Vaccination in Bombay 1863-1868 - 1863-1868
Year: 1863
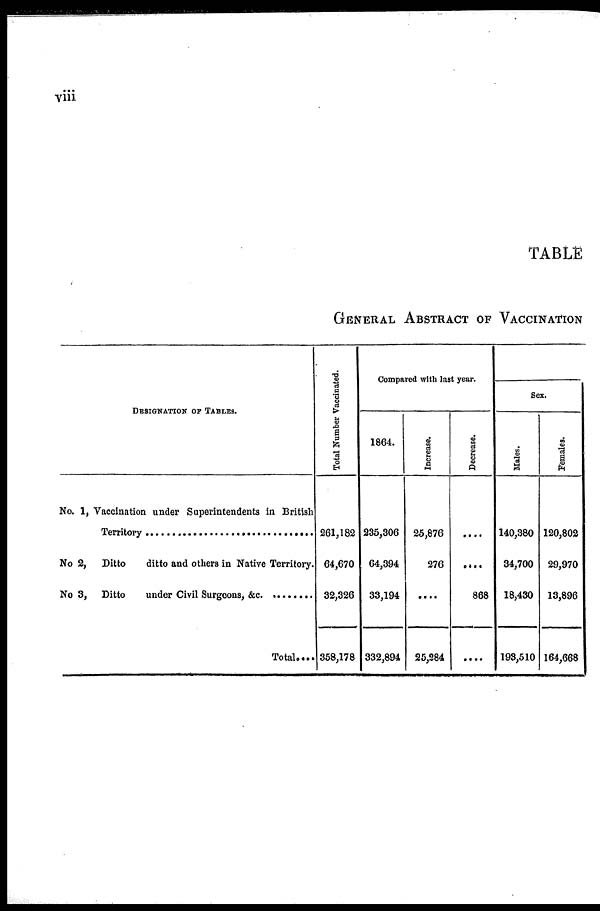
viii
TABLE
GENERAL ABSTRACT OF VACCINATION
DESIGNATION OF TABLES.
No. 1, Vaccination under Superintendents in British
Territory .........................................................................
No 2, Ditto
ditto and others in Native Territory.
No 3, Ditto under Civil Surgeons, &c. ................
Total....
Total Number Vaccinated.
261,182
64,670
32,326
358,178
Compared with last year.
1864.
235,306
64,394
33,194
332,894
Increase.
25,876
276
....
25,284
Decrease.
....
....
868
....
Sex.
Males.
140,380
34,700
18,430
193,510
Females.
120,802
29,970
13,896
164,668